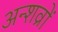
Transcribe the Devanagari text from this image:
अन्शव्रों